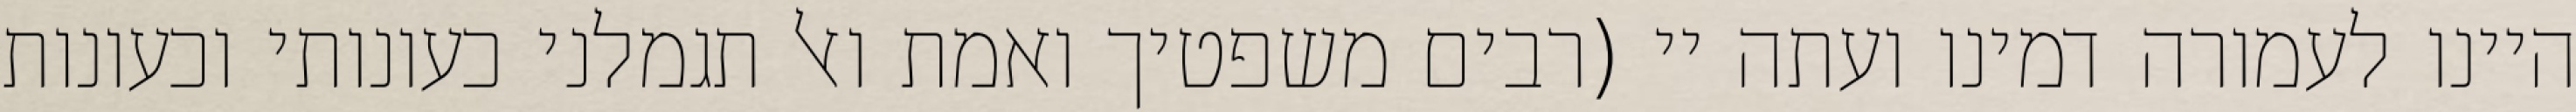
היינו לעמורה דמינו ועתה יי (רבים משפטיך ואמת ואל תגמלני כעונותי וכעונות